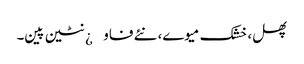
پھل، خشک میوے، نئے فاو¿نٹین پین۔